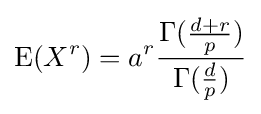
\operatorname {E} (X^{r})=a^{r}{\frac {\Gamma ({\frac {d+r}{p}})}{\Gamma ({\frac {d}{p}})}}